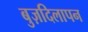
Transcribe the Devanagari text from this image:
बुज़दिलापन